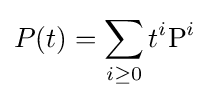
P(t)=\sum _{i\geq 0}t^{i}{\text{P}}^{i}